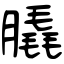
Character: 膬